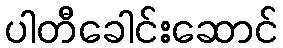
ပါတီခေါင်းဆောင်